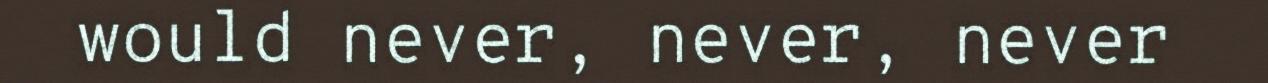
would never, never, never